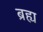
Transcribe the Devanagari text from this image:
ब्रह्य